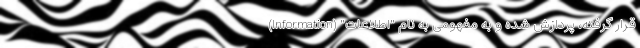
قرار گرفته، پردازش شده و به مفهومی به نام "اطلاعات" (Information)